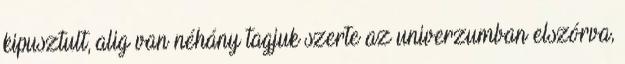
kipusztult, alig van néhány tagjuk szerte az univerzumban elszórva,